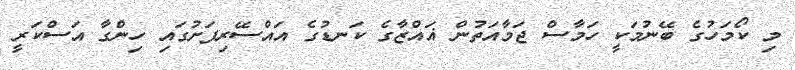
މި ކޯމަހުގެ ބޭނުމަކީ ހަމާސް ޖަމާއަތުން ޣައްޒާގެ ކަނޑުގެ އައްސޭރިފަށުގައި ހިންގާ އަސްކަރީ